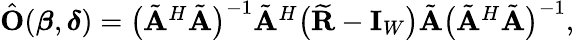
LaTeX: \begin{array}{r}{\hat{\mathbf{O}}(\boldsymbol{\beta},\boldsymbol{\delta})=\big(\tilde{\mathbf{A}}^{H}\tilde{\mathbf{A}}\big)^{-1}\tilde{\mathbf{A}}^{H}\big(\widetilde{\mathbf{R}}-\mathbf{I}_{W}\big)\tilde{\mathbf{A}}\big(\tilde{\mathbf{A}}^{H}\tilde{\mathbf{A}}\big)^{-1},}\end{array}